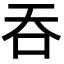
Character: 吞